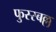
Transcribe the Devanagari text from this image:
फुस्स्बल्ल